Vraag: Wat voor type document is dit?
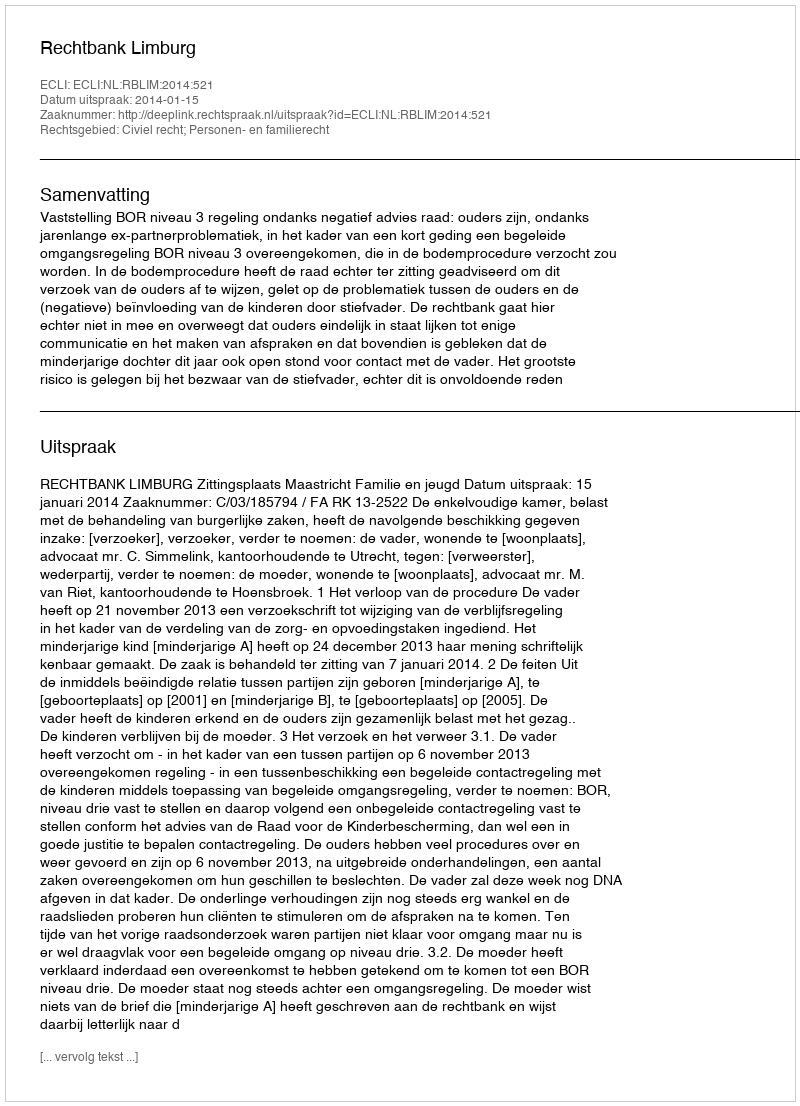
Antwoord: Uitspraak